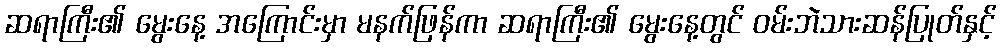
ဆရာကြီး၏ မွေးနေ့ အကြောင်းမှာ မနက်ဖြန်ကာ ဆရာကြီး၏ မွေးနေ့တွင် ဝမ်းဘဲသားဆန်ပြုတ်နှင့်